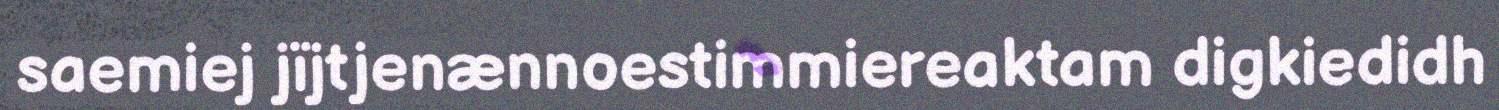
saemiej jïjtjenænnoestimmiereaktam digkiedidh